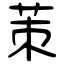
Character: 茦